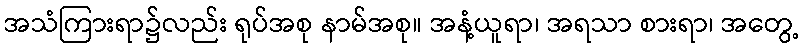
အသံကြားရာ၌လည်း ရုပ်အစု နာမ်အစု။ အနံ့ယူရာ၊ အရသာ စားရာ၊ အတွေ့